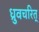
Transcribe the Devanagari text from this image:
ध्रुवचरित्